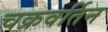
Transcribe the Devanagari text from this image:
चक्रवर्तिन